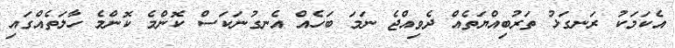
އެކަމަކު ރަނގަޅު ތަރުބިއްޔަތެއް ދެވިއްޖެ ނަމަ ބަހެއް އެނގުނަކަސް ކޮންމެ ކޮންމެ ހާލަތެއްގައި